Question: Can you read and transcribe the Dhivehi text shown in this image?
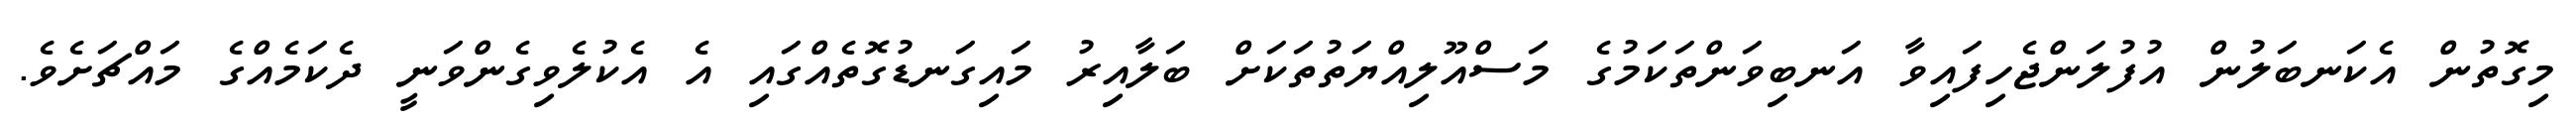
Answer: މިގޮތުން އެކަނބަލުން އުފުލަންޖެހިފައިވާ އަނބިވަންތަކަމުގެ މަސްއޫލިއްޔަތުތަކަށް ބަލާއިރު މައިގަނޑުގޮތެއްގައި އެ އެކުލެވިގެންވަނީ ދެކަމެއްގެ މައްޗަށެވެ.